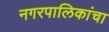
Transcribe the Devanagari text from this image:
नगरपालिकांचा